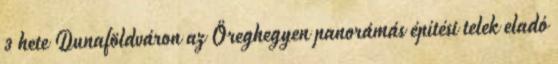
3 hete Dunaföldváron az Öreghegyen panorámás építési telek eladó